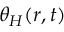
\theta _ { H } ( r , t )